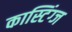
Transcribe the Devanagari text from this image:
कास्टिंग्ज